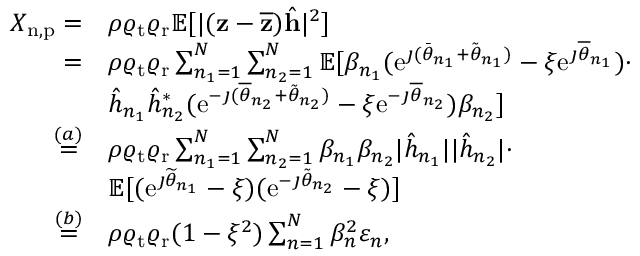
\begin{array} { r l } { X _ { \mathrm { n , p } } = } & { \rho \varrho _ { \mathrm { t } } \varrho _ { \mathrm { r } } \mathbb { E } [ | ( \mathbf { z } - \overline { { \mathbf { z } } } ) \hat { \mathbf { h } } | ^ { 2 } ] } \\ { = } & { \rho \varrho _ { \mathrm { t } } \varrho _ { \mathrm { r } } \sum _ { n _ { 1 } = 1 } ^ { N } \sum _ { n _ { 2 } = 1 } ^ { N } \mathbb { E } [ \beta _ { n _ { 1 } } ( \mathrm { e } ^ { \jmath ( \bar { \theta } _ { n _ { 1 } } + \tilde { \theta } _ { n _ { 1 } } ) } - \xi \mathrm { e } ^ { \jmath \overline { { \theta } } _ { n _ { 1 } } } ) \cdot } \\ & { \hat { h } _ { n _ { 1 } } \hat { h } _ { n _ { 2 } } ^ { * } ( \mathrm { e } ^ { - \jmath ( \overline { { \theta } } _ { n _ { 2 } } + \tilde { \theta } _ { n _ { 2 } } ) } - \xi \mathrm { e } ^ { - \jmath \overline { { \theta } } _ { n _ { 2 } } } ) \beta _ { n _ { 2 } } ] } \\ { \overset { ( a ) } { = } } & { \rho \varrho _ { \mathrm { t } } \varrho _ { \mathrm { r } } \sum _ { n _ { 1 } = 1 } ^ { N } \sum _ { n _ { 2 } = 1 } ^ { N } \beta _ { n _ { 1 } } \beta _ { n _ { 2 } } | \hat { h } _ { n _ { 1 } } | | \hat { h } _ { n _ { 2 } } | \cdot } \\ & { \mathbb { E } [ ( \mathrm { e } ^ { \jmath \widetilde { \theta } _ { n _ { 1 } } } - \xi ) ( \mathrm { e } ^ { - \jmath \tilde { \theta } _ { n _ { 2 } } } - \xi ) ] } \\ { \overset { ( b ) } { = } } & { \rho \varrho _ { \mathrm { t } } \varrho _ { \mathrm { r } } ( 1 - \xi ^ { 2 } ) \sum _ { n = 1 } ^ { N } \beta _ { n } ^ { 2 } \varepsilon _ { n } , } \end{array}